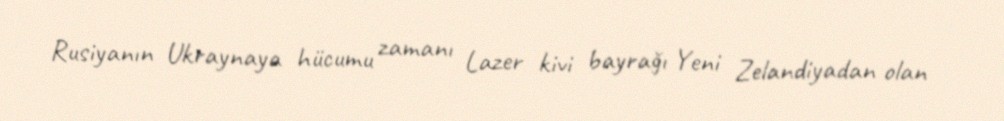
Rusiyanın Ukraynaya hücumu zamanı Lazer kivi bayrağı Yeni Zelandiyadan olan